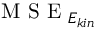
\mathrm { ~ M ~ S ~ E ~ } _ { E _ { k i n } }